Insane asylums Bombay 1873-77 - 1873-1877
Year: 1873
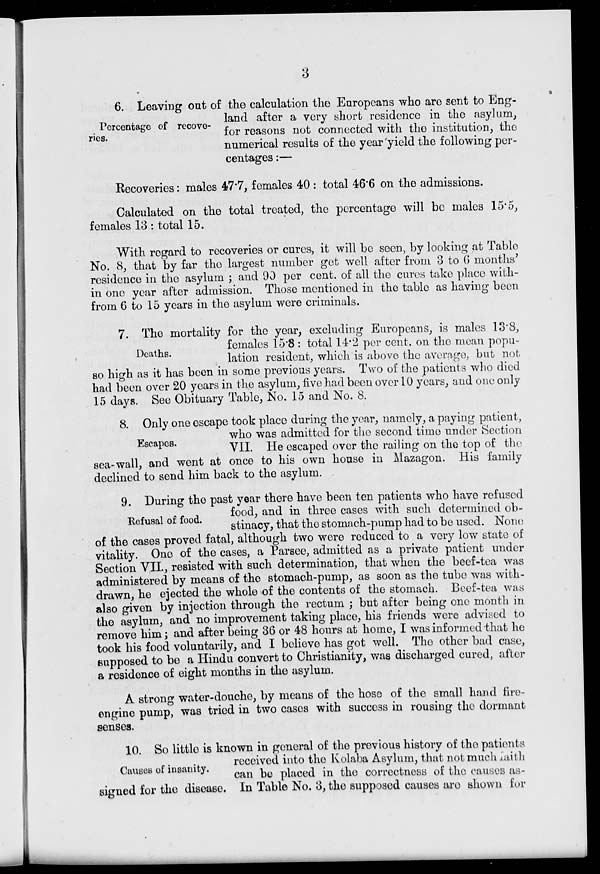
3
Percentage of recove-
ries.
6. Leaving out of the calculation the Europeans who are sent to Eng-
land after a very short residence in the asylum,
for reasons not connected with the institution, the
numerical results of the year yield the following per-
centages :—
Recoveries: males 47.7, females 40 : total 46.6 on the admissions.
Calculated on the total treated, the percentage will be males 15.5,
females 13 : total 15.
With regard to recoveries or cures, it will be seen, by looking at Table
No. 8, that by far the largest number get well after from 3 to 6 months'
residence in the asylum ; and 90 per cent. of all the cures take place with-
in one year after admission. Those mentioned in the table as having been
from 6 to 15 years in the asylum were criminals.
Deaths.
7. The mortality for the year, excluding Europeans, is males 13.8,
females 15.8 : total 14.2 per cent. on the mean popu-
lation resident, which is above the average, but not
so high as it has been in some previous years. Two of the patients who died
had been over 20 years in the asylum, five had been over 10 years, and one only
15 days. See Obituary Table, No. 15 and No. 8.
Escapes.
8. Only one escape took place during the year, namely, a paying patient,
who was admitted for the second time under Section
VII. He escaped over the railing on the top of the
sea-wall, and went at once to his own house in Mazagon. His family
declined to send him back to the asylum.
Refusal of food.
9. During the past year there have been ten patients who have refused
food, and in three cases with such determined ob-
stinacy, that the stomach-pump had to be used. None
of the cases proved fatal, although two were reduced to a very low state of
vitality. One of the cases, a Parsee, admitted as a private patient under
Section VII., resisted with such determination, that when the beef-tea was
administered by means of the stomach-pump, as soon as the tube was with-
drawn, he ejected the whole of the contents of the stomach. Beef-tea was
also given by injection through the rectum ; but after being one month in
the asylum, and no improvement taking place, his friends were advised to
remove him; and after being 36 or 48 hours at home, I was informed that he
took his food voluntarily, and I believe has got well. The other bad case,
supposed to be a Hindu convert to Christianity, was discharged cured, after
a residence of eight months in the asylum.
A strong water-douche, by means of the hose of the small hand fire-
engine pump, was tried in two cases with success in rousing the dormant
senses.
Causes of insanity.
10. So little is known in general of the previous history of the patients
received into the Kolaba Asylum, that not much faith
can be placed in the correctness of the causes as-
signed for the disease. In Table No. 3, the supposed causes are shown for